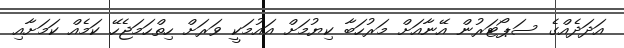
އަދަދެއްގެ ސަޕޯޓަރުން އޭނާއަށް މަރުހަބާ ކިޔުމަށް އައުމަކީ ވަރަށް ހިތްހަމަޖެހޭ ކަމެއް ކަމަށާއި